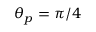
\theta _ { p } = \pi / 4